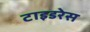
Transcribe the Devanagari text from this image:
टाइडरेस